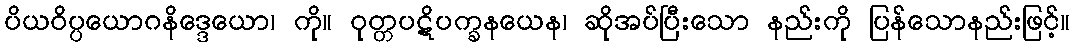
ပိယဝိပ္ပယောဂနိဒ္ဒေယော၊ ကို။ ဝုတ္တပဋိပက္ခနယေန၊ ဆိုအပ်ပြီးသော နည်းကို ပြန်သောနည်းဖြင့်။